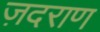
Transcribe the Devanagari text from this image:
ज़दराण